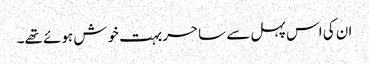
ان کی اس پہل سے ساحر بہت خوش ہوئے تھے۔